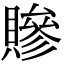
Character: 贂